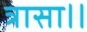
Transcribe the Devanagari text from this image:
त्रासा।।